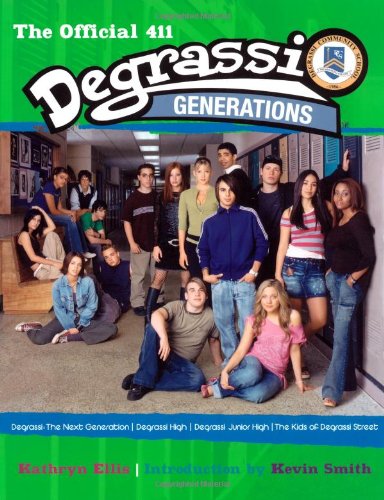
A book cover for Degrassi Generations: The Official 411; Kathryn Ellis; Teen & Young Adult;